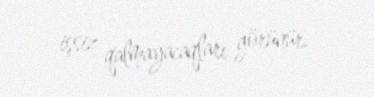
işsiz qalmayacaqları görünür.